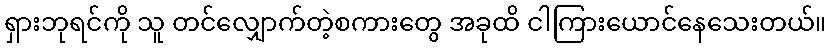
ရှားဘုရင်ကို သူ တင်လျှောက်တဲ့စကားတွေ အခုထိ ငါကြားယောင်နေသေးတယ်။